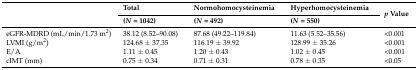
<table><thead><tr><td rowspan="2"></td><td><b>Total</b></td><td><b>Normohomocysteinemia</b></td><td><b>Hyperhomocysteinemia</b></td><td rowspan="2"><b><i>p</i> Value</b></td></tr><tr><td><b>(<i>N</i> = 1042)</b></td><td><b>(<i>N</i> = 492)</b></td><td><b>(<i>N</i> = 550)</b></td></tr></thead><tbody><tr><td>eGFR-MDRD (mL/min/1.73 m<sup>2</sup>)</td><td>38.12 (8.52–90.08)</td><td>87.68 (49.22–119.84)</td><td>11.63 (5.52–35.56)</td><td>&lt;0.001</td></tr><tr><td>LVMI (g/m<sup>2</sup>)</td><td>124.68 ± 37.35</td><td>116.19 ± 39.92</td><td>128.99 ± 35.26</td><td>&lt;0.001</td></tr><tr><td>E/A</td><td>1.11 ± 0.45</td><td>1.20 ± 0.43</td><td>1.02 ± 0.45</td><td>&lt;0.001</td></tr><tr><td>cIMT (mm)</td><td>0.75 ± 0.34</td><td>0.71 ± 0.31</td><td>0.78 ± 0.35</td><td>&lt;0.05</td></tr></tbody></table>